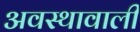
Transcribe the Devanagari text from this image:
अवस्थावाली